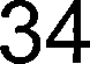
34